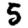
Digit: 5